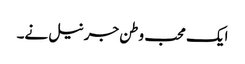
ایک محب وطن جرنیل نے۔